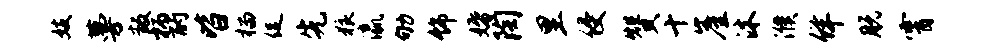
妓蔓叛柄酌皆榴促先狼瀛劬饰婚陶里侵赞十崖沐濮佯脱霄